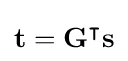
\mathbf {t} =\mathbf {G} ^{\intercal }\mathbf {s}